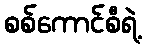
စစ်ကောင်စီရဲ့